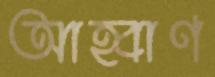
আহ্বাণ